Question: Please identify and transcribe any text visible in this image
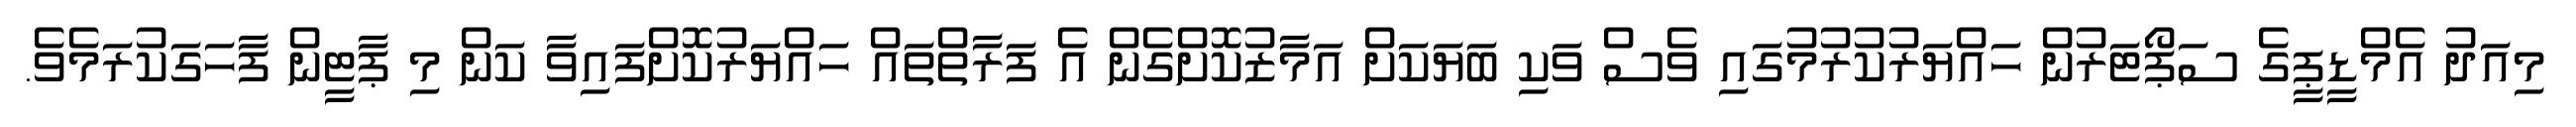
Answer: މިއަދު އެމްޑީޕީގެ ސަޕޯޓަރުން ހައްޔަރުކުރުމުގައި ވެސް ވަކި ބަޔަކަށް އަމާޒުކޮށްގެން އެ ފަރާތްތައް ހައްޔަރުކޮށްފައިވާ ކަން މި ޕާޓީން ފާހަގަކުރަމެވެ.